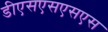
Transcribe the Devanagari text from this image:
डीएसएसएसएस